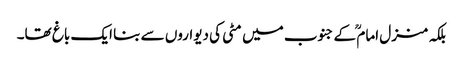
بلکہ منزل امام ؒ کے جنوب میں مٹی کی دیواروں سے بنا ایک باغ تھا۔